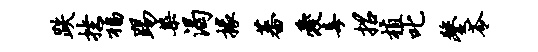
跌挫福踢染渴掾蕃爱毒招植叱鏊苓